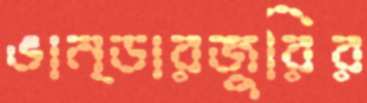
ভান্ডারজুরির